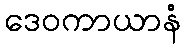
ဒေဝကာယာနံ